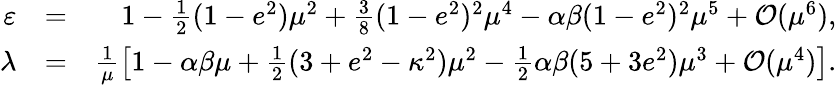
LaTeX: \begin{array}{rlr}{\varepsilon}&{=}&{1-\frac{1}{2}(1-e^{2})\mu^{2}+\frac{3}{8}(1-e^{2})^{2}\mu^{4}-\alpha\beta(1-e^{2})^{2}\mu^{5}+{\cal O}(\mu^{6}),}\\ {\lambda}&{=}&{\frac{1}{\mu}\left[1-\alpha\beta\mu+\frac{1}{2}(3+e^{2}-\kappa^{2})\mu^{2}-\frac{1}{2}\alpha\beta(5+3e^{2})\mu^{3}+{\cal O}(\mu^{4})\right].}\end{array}